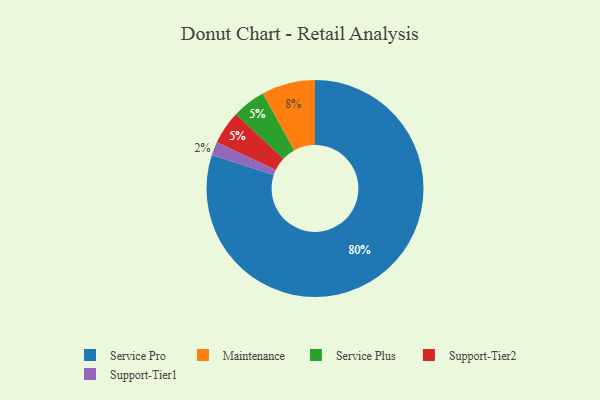
{"axis": {"x": "Category", "y": "Percentage"}, "legend": ["Maintenance", "Service Plus", "Service Pro", "Support-Tier1", "Support-Tier2"], "data": [{"x": "Service Plus", "y": 5, "type": "Service Plus"}, {"x": "Service Pro", "y": 80, "type": "Service Pro"}, {"x": "Support-Tier1", "y": 2, "type": "Support-Tier1"}, {"x": "Maintenance", "y": 8, "type": "Maintenance"}, {"x": "Support-Tier2", "y": 5, "type": "Support-Tier2"}]}